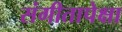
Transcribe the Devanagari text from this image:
संगीतापेक्षा